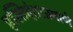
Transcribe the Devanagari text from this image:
हस्तिदंताप्रमाणे